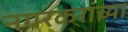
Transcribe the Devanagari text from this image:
नगरकरांच्या